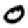
Digit: 0